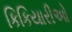
કિકિયારીઓ